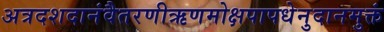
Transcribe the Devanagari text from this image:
अत्रदशदानंवैतरणीऋणमोक्षपापधेनुदानमुक्तं